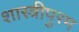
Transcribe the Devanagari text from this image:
शास्त्रीपुरम